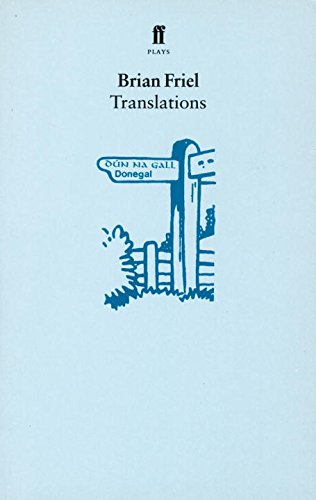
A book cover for Translations: A Play (Faber Paperbacks); Brian Friel; Literature & Fiction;